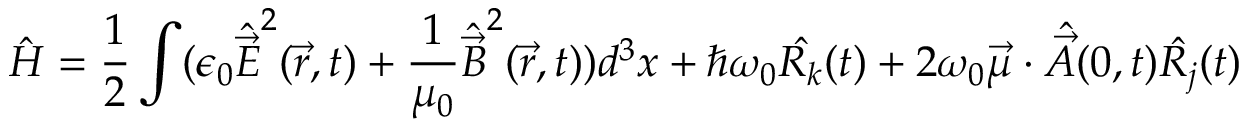
{ \hat { H } } = { \frac { 1 } { 2 } } \int ( \epsilon _ { 0 } { \hat { \vec { E } } } ^ { 2 } ( { \vec { r } } , t ) + { \frac { 1 } { \mu _ { 0 } } } { \hat { \vec { B } } } ^ { 2 } ( { \vec { r } } , t ) ) d ^ { 3 } x + \hbar \omega _ { 0 } { \hat { R _ { k } } } ( t ) + 2 \omega _ { 0 } { \vec { \mu } } \cdot { \hat { \vec { A } } } ( 0 , t ) { \hat { R _ { j } } } ( t )